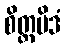
စိတ္တမိဒံ